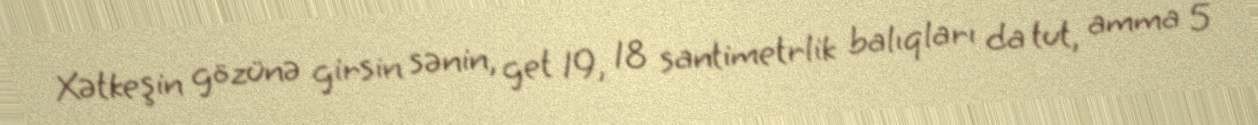
Xətkeşin gözünə girsin sənin, get 19, 18 santimetrlik balıqları da tut, amma 5